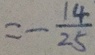
= - \frac { 1 4 } { 2 5 }